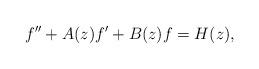
LaTeX: \begin{align*}f''+A(z)f'+B(z)f=H(z),\end{align*}